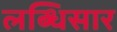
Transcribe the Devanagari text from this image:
लब्धिसार